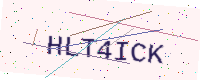
Text: HLT4ICK